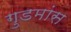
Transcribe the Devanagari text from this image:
गुडमांस